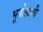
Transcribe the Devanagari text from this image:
भूगोलाशी